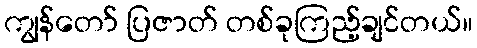
ကျွန်တော် ပြဇာတ် တစ်ခုကြည့်ချင်တယ်။